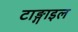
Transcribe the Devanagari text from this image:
टाङ्गाइल